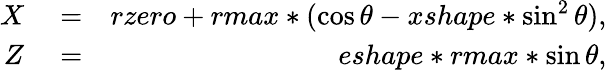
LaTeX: \begin{array}{rlr}{X}&{{}=}&{rzero+rmax*(\cos\theta-xshape*\sin^{2}\theta),}\\ {Z}&{{}=}&{eshape*rmax*\sin\theta,}\end{array}